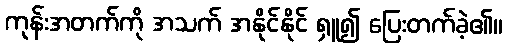
ကုန်းအတက်ကို အသက် အနိုင်နိုင် ရှူ၍ ပြေးတက်ခဲ့၏။